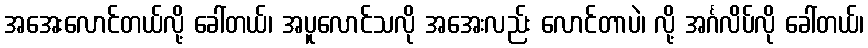
အအေးလောင်တယ်လို့ ခေါ်တယ်၊ အပူလောင်သလို အအေးလည်း လောင်တာပဲ၊ လို့ အင်္ဂလိပ်လို ခေါ်တယ်၊